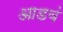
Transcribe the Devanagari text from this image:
आडवं